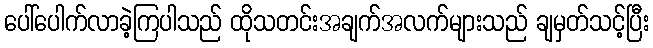
ပေါ်ပေါက်လာခဲ့ကြပါသည် ထိုသတင်းအချက်အလက်များသည် ချမှတ်သင့်ပြီး